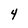
Character: 4